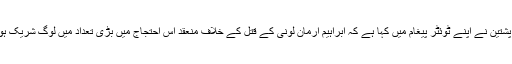
منظور پشتین نے اپنے ٹوئٹر پیغام میں کہا ہے کہ ابراہیم ارمان لونی کے قتل کے خلاف منعقد اس احتجاج میں بڑی تعداد میں لوگ شریک ہوں گے۔